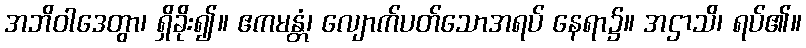
အဘိဝါဒေတွာ၊ ရှိခိုး၍။ ဧကမန္တံ၊ လျောက်ပတ်သောအရပ် နေရာ၌။ အဌာသိ၊ ရပ်၏။